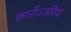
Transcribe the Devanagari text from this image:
कार्रोज्ज़रिया